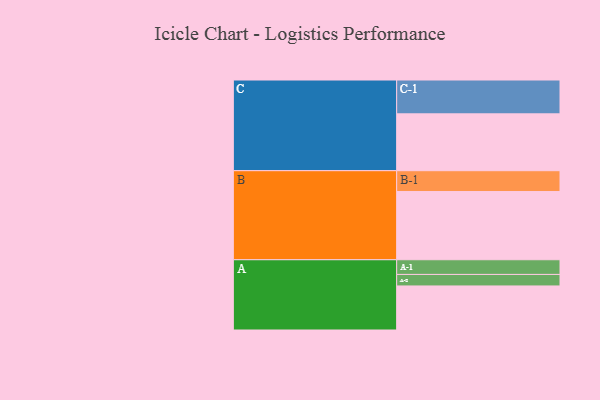
{"axis": {"x": "Segment", "y": "Value"}, "legend": ["", "A", "B", "C"], "data": [{"x": "A", "y": 375, "type": ""}, {"x": "B", "y": 581, "type": ""}, {"x": "C", "y": 484, "type": ""}, {"x": "A-1", "y": 125, "type": "A"}, {"x": "A-2", "y": 98, "type": "A"}, {"x": "B-1", "y": 177, "type": "B"}, {"x": "C-1", "y": 288, "type": "C"}]}